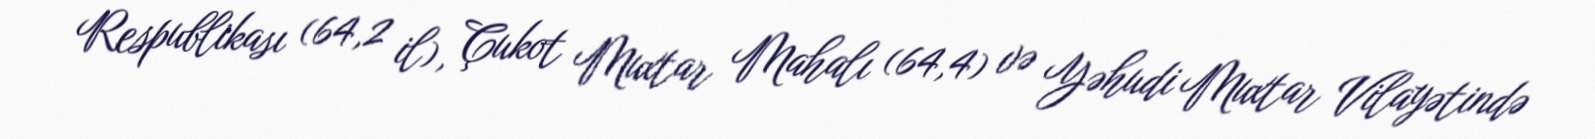
Respublikası (64,2 il), Çukot Muxtar Mahalı (64,4) və Yəhudi Muxtar Vilayətində